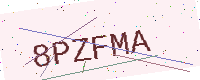
Text: 8PZFMA